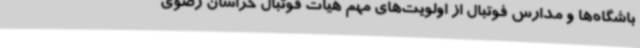
باشگاه‌ها و مدارس فوتبال از اولویت‌های مهم هیات فوتبال خراسان رضوی